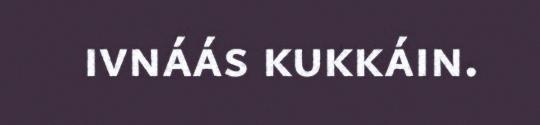
ivnáás kukkáin.